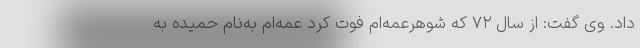
داد. وی گفت: از سال ۷۲ که شوهرعمه‌ام فوت کرد عمه‌ام به‌نام حمیده به